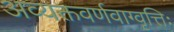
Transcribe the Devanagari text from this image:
अव्यक्तवर्णवाग्वृत्तिः